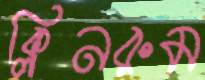
ক্লিনরুম